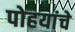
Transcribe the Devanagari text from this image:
पोहयांचे